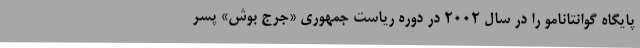
پایگاه گوانتانامو را در سال ۲۰۰۲ در دوره ریاست جمهوری «جرج بوش» پسر